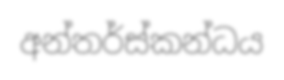
අන්තර්ස්කන්ධය